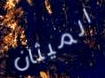
الميثان